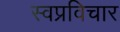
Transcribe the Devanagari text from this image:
स्वप्रविचार